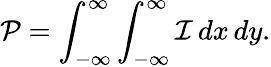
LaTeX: \mathcal{P}=\int_{-\infty}^{\infty}\int_{-\infty}^{\infty}\mathcal{I}\, dx\, dy.